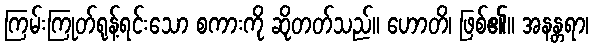
ကြမ်းကြုတ်ရုန့်ရင်းသော စကားကို ဆိုတတ်သည်။ ဟောတိ၊ ဖြစ်၏။ အနန္တရာ၊